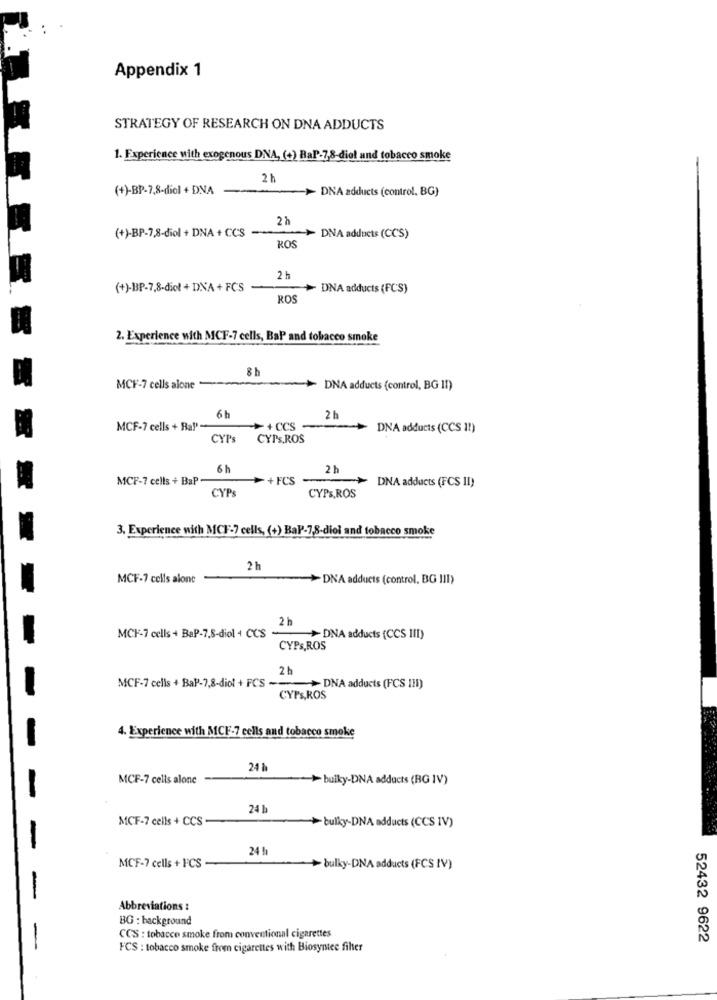
Appendix 1
STRATEGY OF RESEARCH ON DNA ADDUCTS
1. Experience with exogenous DNA, (+) RaP-78-diol and tobacco smoke
2 h
(+)-BP-7,8-diol + DNA
> DNA adducts (control. BG)
(+)-BP-7,8-diol + DNA +CCS -
ROS
> DNA adducts (CCS)
2 h
(+)-BP-7,8-diol + DNA + FCS
-DNA adducts (FCS)
ROS
2. Experience with MCF-7 cells, BaP and tobacco smoke
8 h
MCF-7 cells alone --
~ DNA adducts (control, BG 11)
6 h
2 h
MCF-7 cells + Rap-
>+CCS
DNA adducts (CCS 11)
CYPs
CYPS.ROS
6 h
2 h
MCF-7 cells + BaP
+FCS
~> DNA adducts (FCS II)
CYPs
CYPs,ROS
3. Experience with MCF-7 cells, (+) BaP-78-diol and tobacco smoke
2 h
MCF-7 cells alone
-~ DNA adducts (control, BG III)
2 h
MCF-7 cells + BaP-7,8-diol 4 CCS .
>DNA adducts (CCS III)
CYPS,ROS
2 h
MCF-7 cells + BaP-7,8-diol + FCS --- > DNA adducts (FCS 111)
CYPS,ROS
4. Experience with MCF-7 cells and tobacco smoke
241
MCF-7 cells alone
bulky-DNA adducts (BG IV)
-
24 1
MCF-7 cells + CCS
bulky-DNA adducts (CCS IV)
-
24!
MCF-7 cells + FCS -
bulky-DNA adducts (FCS IV)
-
Abbreviations :
BG : background
CCS : tobacco smoke from conventional cigarettes
52432 9622
FCS : tobacco smoke from cigarettes with Biosyntes filter